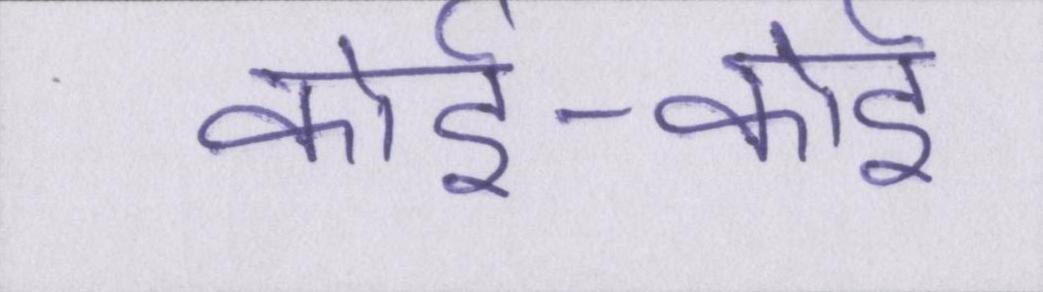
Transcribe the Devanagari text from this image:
कोई-कोई